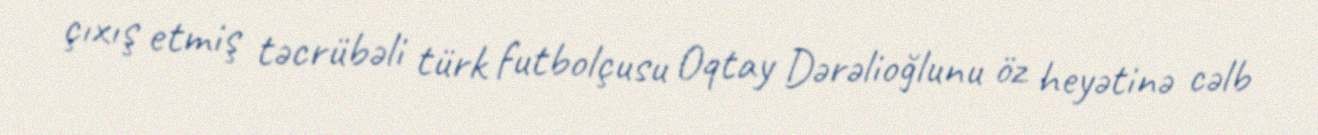
çıxış etmiş təcrübəli türk futbolçusu Oqtay Dərəlioğlunu öz heyətinə cəlb